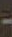
-